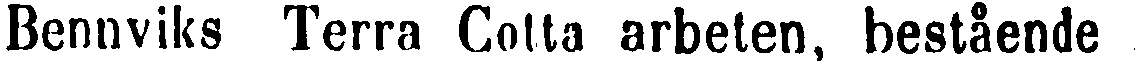
Bennviks Terra Cotta arbeten, bestående i